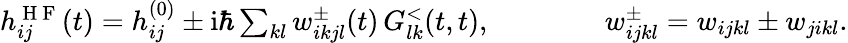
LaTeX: \begin{array}{r}{h_{ij}^{\mathrm{~H~F~}}(t)=h_{ij}^{(0)}\pm\mathrm{i}\hbar\sum_{kl}w_{ikjl}^{\pm}(t)\, G_{lk}^{<}(t,t),\qquad\qquad w_{ijkl}^{\pm}=w_{ijkl}\pm w_{jikl}.}\end{array}